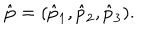
LaTeX: \hat { \bf p } = ( \hat { p } _ { 1 } , \hat { p } _ { 2 } , \hat { p } _ { 3 } ) .